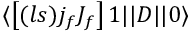
\langle \left[ ( l s ) j _ { f } J _ { f } \right] 1 | | D | | 0 \rangle